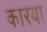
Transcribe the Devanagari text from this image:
कारया